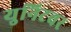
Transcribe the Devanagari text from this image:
युनिटवर